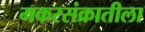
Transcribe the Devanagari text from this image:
मकरसंक्रातीला